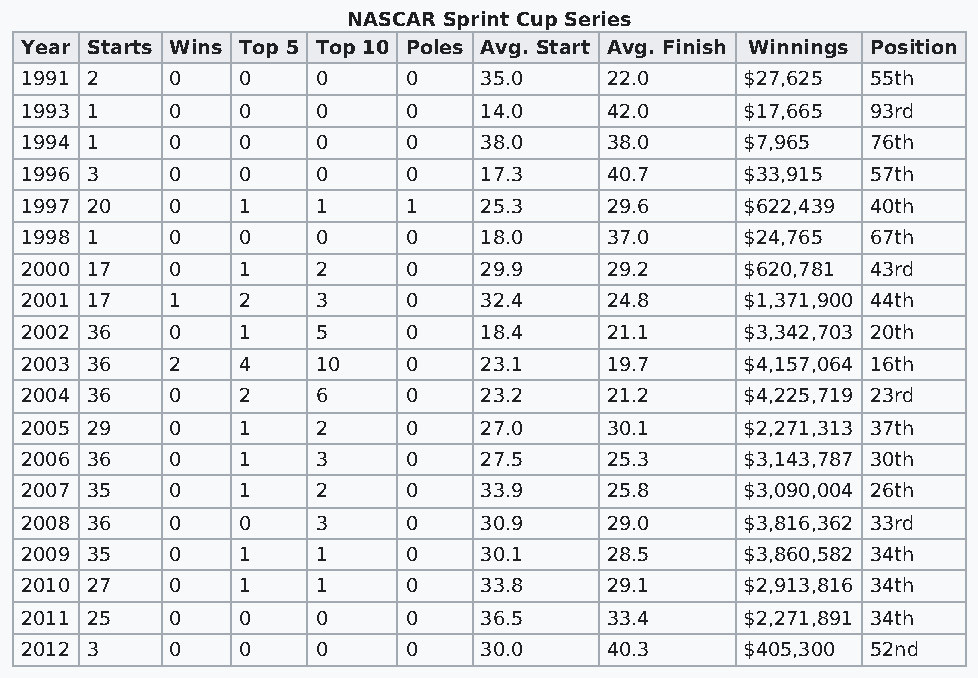
NASCAR Sprint Cup Series
 Year Starts Wins Top 5 Top 10 Poles Avg. Start Avg. Finish Winnings Position
 1991 2    0    0    0     0    35.0    22.0     $27,625  55th
 1993 1    0    0    0     0    14.0    42.0     $17,665  93rd
 1994 1    0    0    0     0    38.0    38.0     $7,965   76th
 1996 3    0    0    0     0    17.3    40.7     $33,915  57th
 1997 20   0    1    1     1    25.3    29.6     $622,439 40th
 1998 1    0    0    0     0    18.0    37.0     $24,765  67th
 2000 17   0    1    2     0    29.9    29.2     $620,781 43rd
 2001 17   1    2    3     0    32.4    24.8     $1,371,900 44th
 2002 36   0    1    5     0    18.4    21.1     $3,342,703 20th
 2003 36   2    4    10    0    23.1    19.7     $4,157,064 16th
 2004 36   0    2    6     0    23.2    21.2     $4,225,719 23rd
 2005 29   0    1    2     0    27.0    30.1     $2,271,313 37th
 2006 36   0    1    3     0    27.5    25.3     $3,143,787 30th
 2007 35   0    1    2     0    33.9    25.8     $3,090,004 26th
 2008 36   0    0    3     0    30.9    29.0     $3,816,362 33rd
 2009 35   0    1    1     0    30.1    28.5     $3,860,582 34th
 2010 27   0    1    1     0    33.8    29.1     $2,913,816 34th
 2011 25   0    0    0     0    36.5    33.4     $2,271,891 34th
 2012 3    0    0    0     0    30.0    40.3     $405,300 52nd